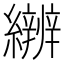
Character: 𱺎